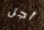
أجل